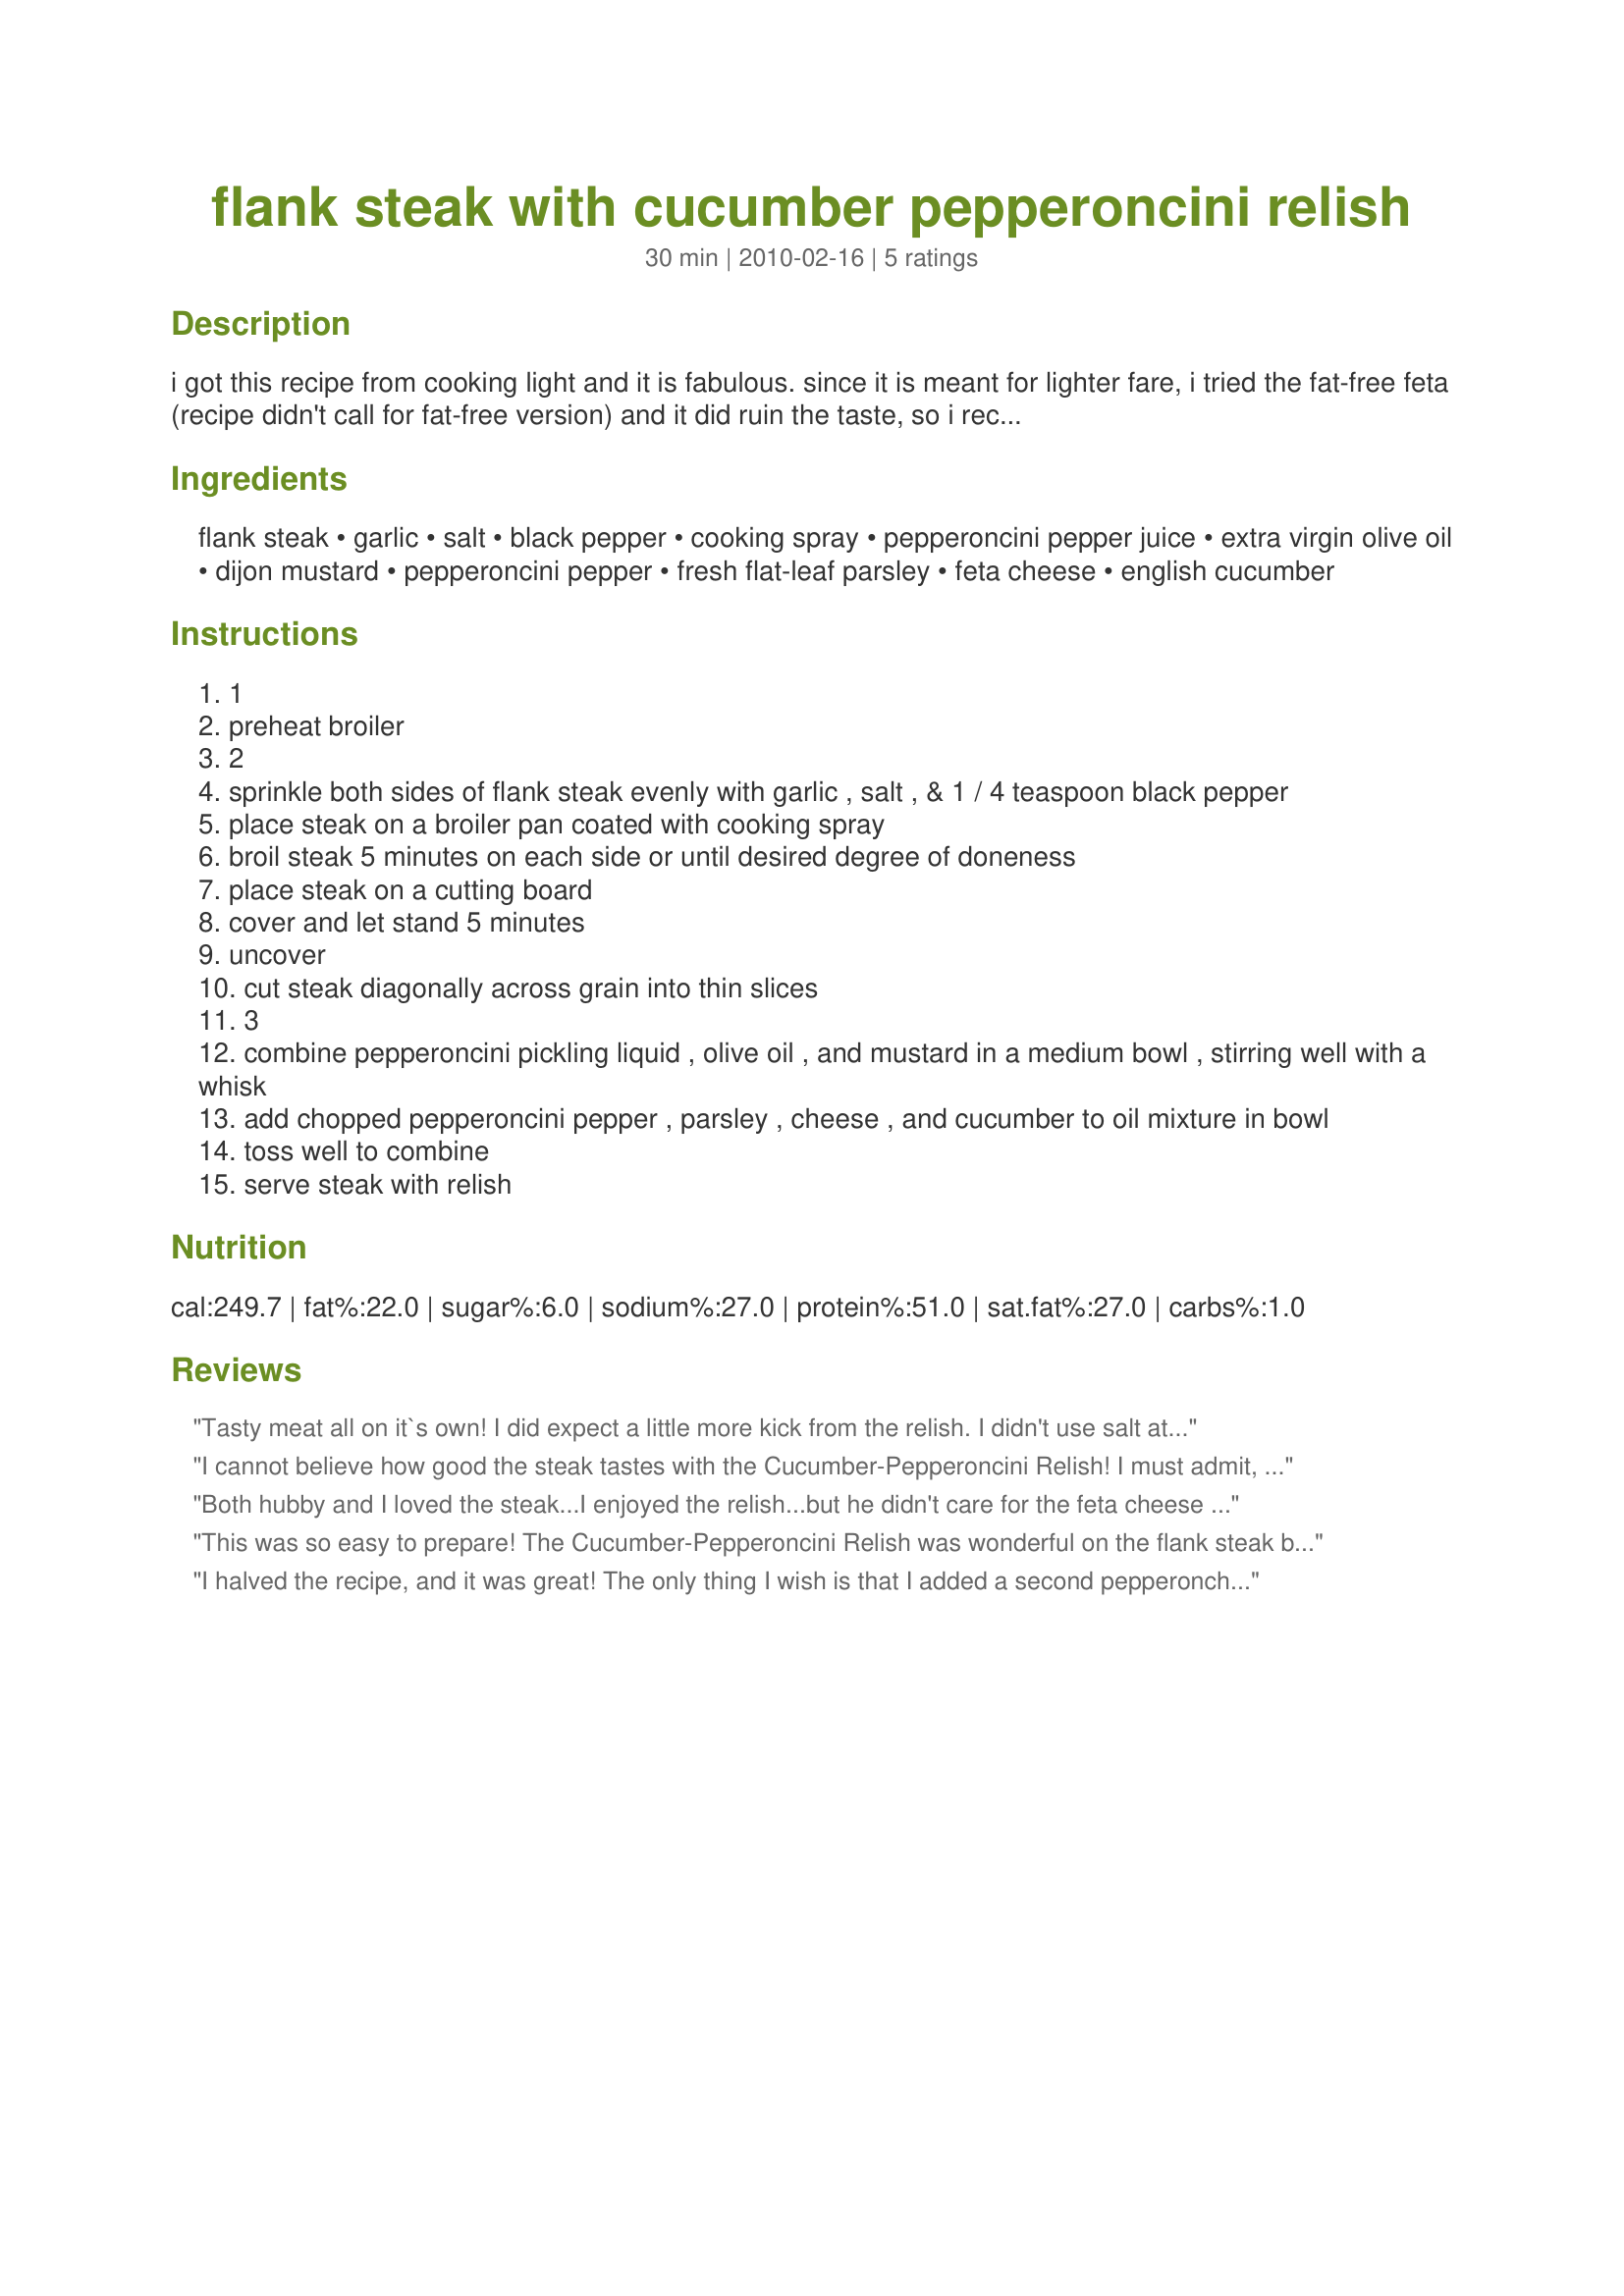
flank steak with cucumber pepperoncini relish
Preparation time: 30 minutes

i got this recipe from cooking light and it is fabulous. since it is meant for lighter fare, i tried the fat-free feta (recipe didn't call for fat-free version) and it did ruin the taste, so i recommend using regular feta. the recipe calls for bottled minced garlic and a pickled pepperoncini pepper, for some reason i couldn't add that to the ingredient list, so please keep that in mind when gathering your ingredients. i hope you enjoy.

Ingredients:
flank steak, garlic, salt, black pepper, cooking spray, pepperoncini pepper juice, extra virgin olive oil, dijon mustard, pepperoncini pepper, fresh flat-leaf parsley, feta cheese, english cucumber

Steps:
1
preheat broiler
2
sprinkle both sides of flank steak evenly with garlic , salt , & 1 / 4 teaspoon black pepper
place steak on a broiler pan coated with cooking spray
broil steak 5 minutes on each side or until desired degree of doneness
place steak on a cutting board
cover and let stand 5 minutes
uncover
cut steak diagonally across grain into thin slices
3
combine pepperoncini pickling liquid , olive oil , and mustard in a medium bowl , stirring well with a whisk
add chopped pepperoncini pepper , parsley , cheese , and cucumber to oil mixture in bowl
toss well to combine
serve steak with relish

Reviews:
Tasty meat all on it`s own! I did expect a little more kick from the relish. I didn't use salt at all since the feta add enough. Made for ZWT 6
Thanks.
I cannot believe how good the steak tastes with the Cucumber-Pepperoncini Relish! I must admit, I was intrigued with the thought of the relish, so purposely cut the cucumber and pepperoncini smaller and made extra to to have some leftover to put on the old hot dogs on Sunday. Made for ZWT #6 - Family Picks.
Both hubby and I loved the steak...I enjoyed the relish...but he didn't care for the feta cheese in it...this was so easy to prepare...I enjoyed the non marinating of the steak...thanks for posting...made for Spring 2012 PAC
This was so easy to prepare! The Cucumber-Pepperoncini Relish was wonderful on the flank steak because it adds a zesty flavor without adding too much heat (I have young kids who cannot tolerate the more intense peppers, so this was the perfect answer). I will make this again. Thanks, KimmieCat. Made for Zaar World Tour #6.
I halved the recipe, and it was great! The only thing I wish is that I added a second pepperonchini pepper! This is the best flank steak I've had.....especially considering that it is "instant" food.....no long marinating, no grilling, just stick it in the oven and it is done! Absolutely loved the relish....will add a bit more heat in the future, but delicious! Made for Best of 2010 tag!
